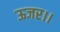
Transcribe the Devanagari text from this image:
ऊजर।।